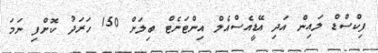
ފިކްސްޑް ލައިން އަދި އޭޑީއެސްއެލް އިންޓަނެޓް ބިލަށް 150 ހަރަދު ކޮށްފި ނަމަ